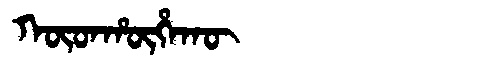
Manchu: ᡴᡡᡨᡥᡡᡥᠠᡴᡡ
Romanization: KŪTHŪHAKŪ